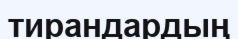
тирандардың